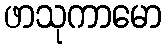
ဖာသုကာမော